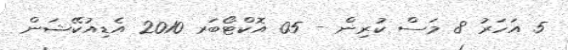
5 އަހަރު 8 މަސް ކުރިން - 05 އޮކްޓޯބަރ 2010 އެޑިއުކޭޝަން